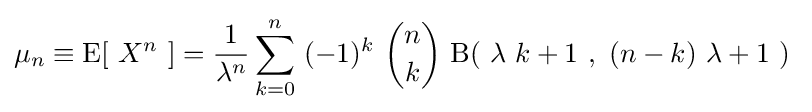
\mu _{n}\equiv \operatorname {E} [\ X^{n}\ ]={\frac {1}{\lambda ^{n}}}\sum _{k=0}^{n}\ (-1)^{k}\ {n \choose k}\ \mathrm {B} (\ \lambda \ k+1\ ,\ (n-k)\ \lambda +1\ )~